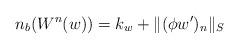
LaTeX: \begin{align*}n_b(W^n(w))=k_w+ \lVert (\phi w')_n\rVert_S\end{align*}